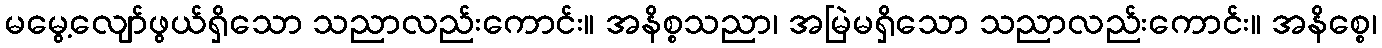
မမွေ့လျော်ဖွယ်ရှိသော သညာလည်းကောင်း။ အနိစ္စသညာ၊ အမြဲမရှိသော သညာလည်းကောင်း။ အနိစ္စေ၊